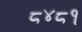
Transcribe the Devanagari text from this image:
८४८१